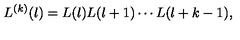
L ^ { ( k ) } ( l ) = L ( l ) L ( l + 1 ) \cdots L ( l + k - 1 ) ,